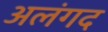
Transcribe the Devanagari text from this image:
अलंगद